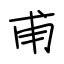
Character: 甫